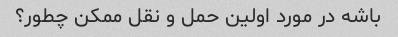
باشه در مورد اولین حمل و نقل ممکن چطور؟